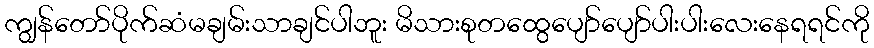
ကျွန်တော်ပိုက်ဆံမချမ်းသာချင်ပါဘူး မိသားစုတထွေပျော်ပျော်ပါးပါးလေးနေရရင်ကို